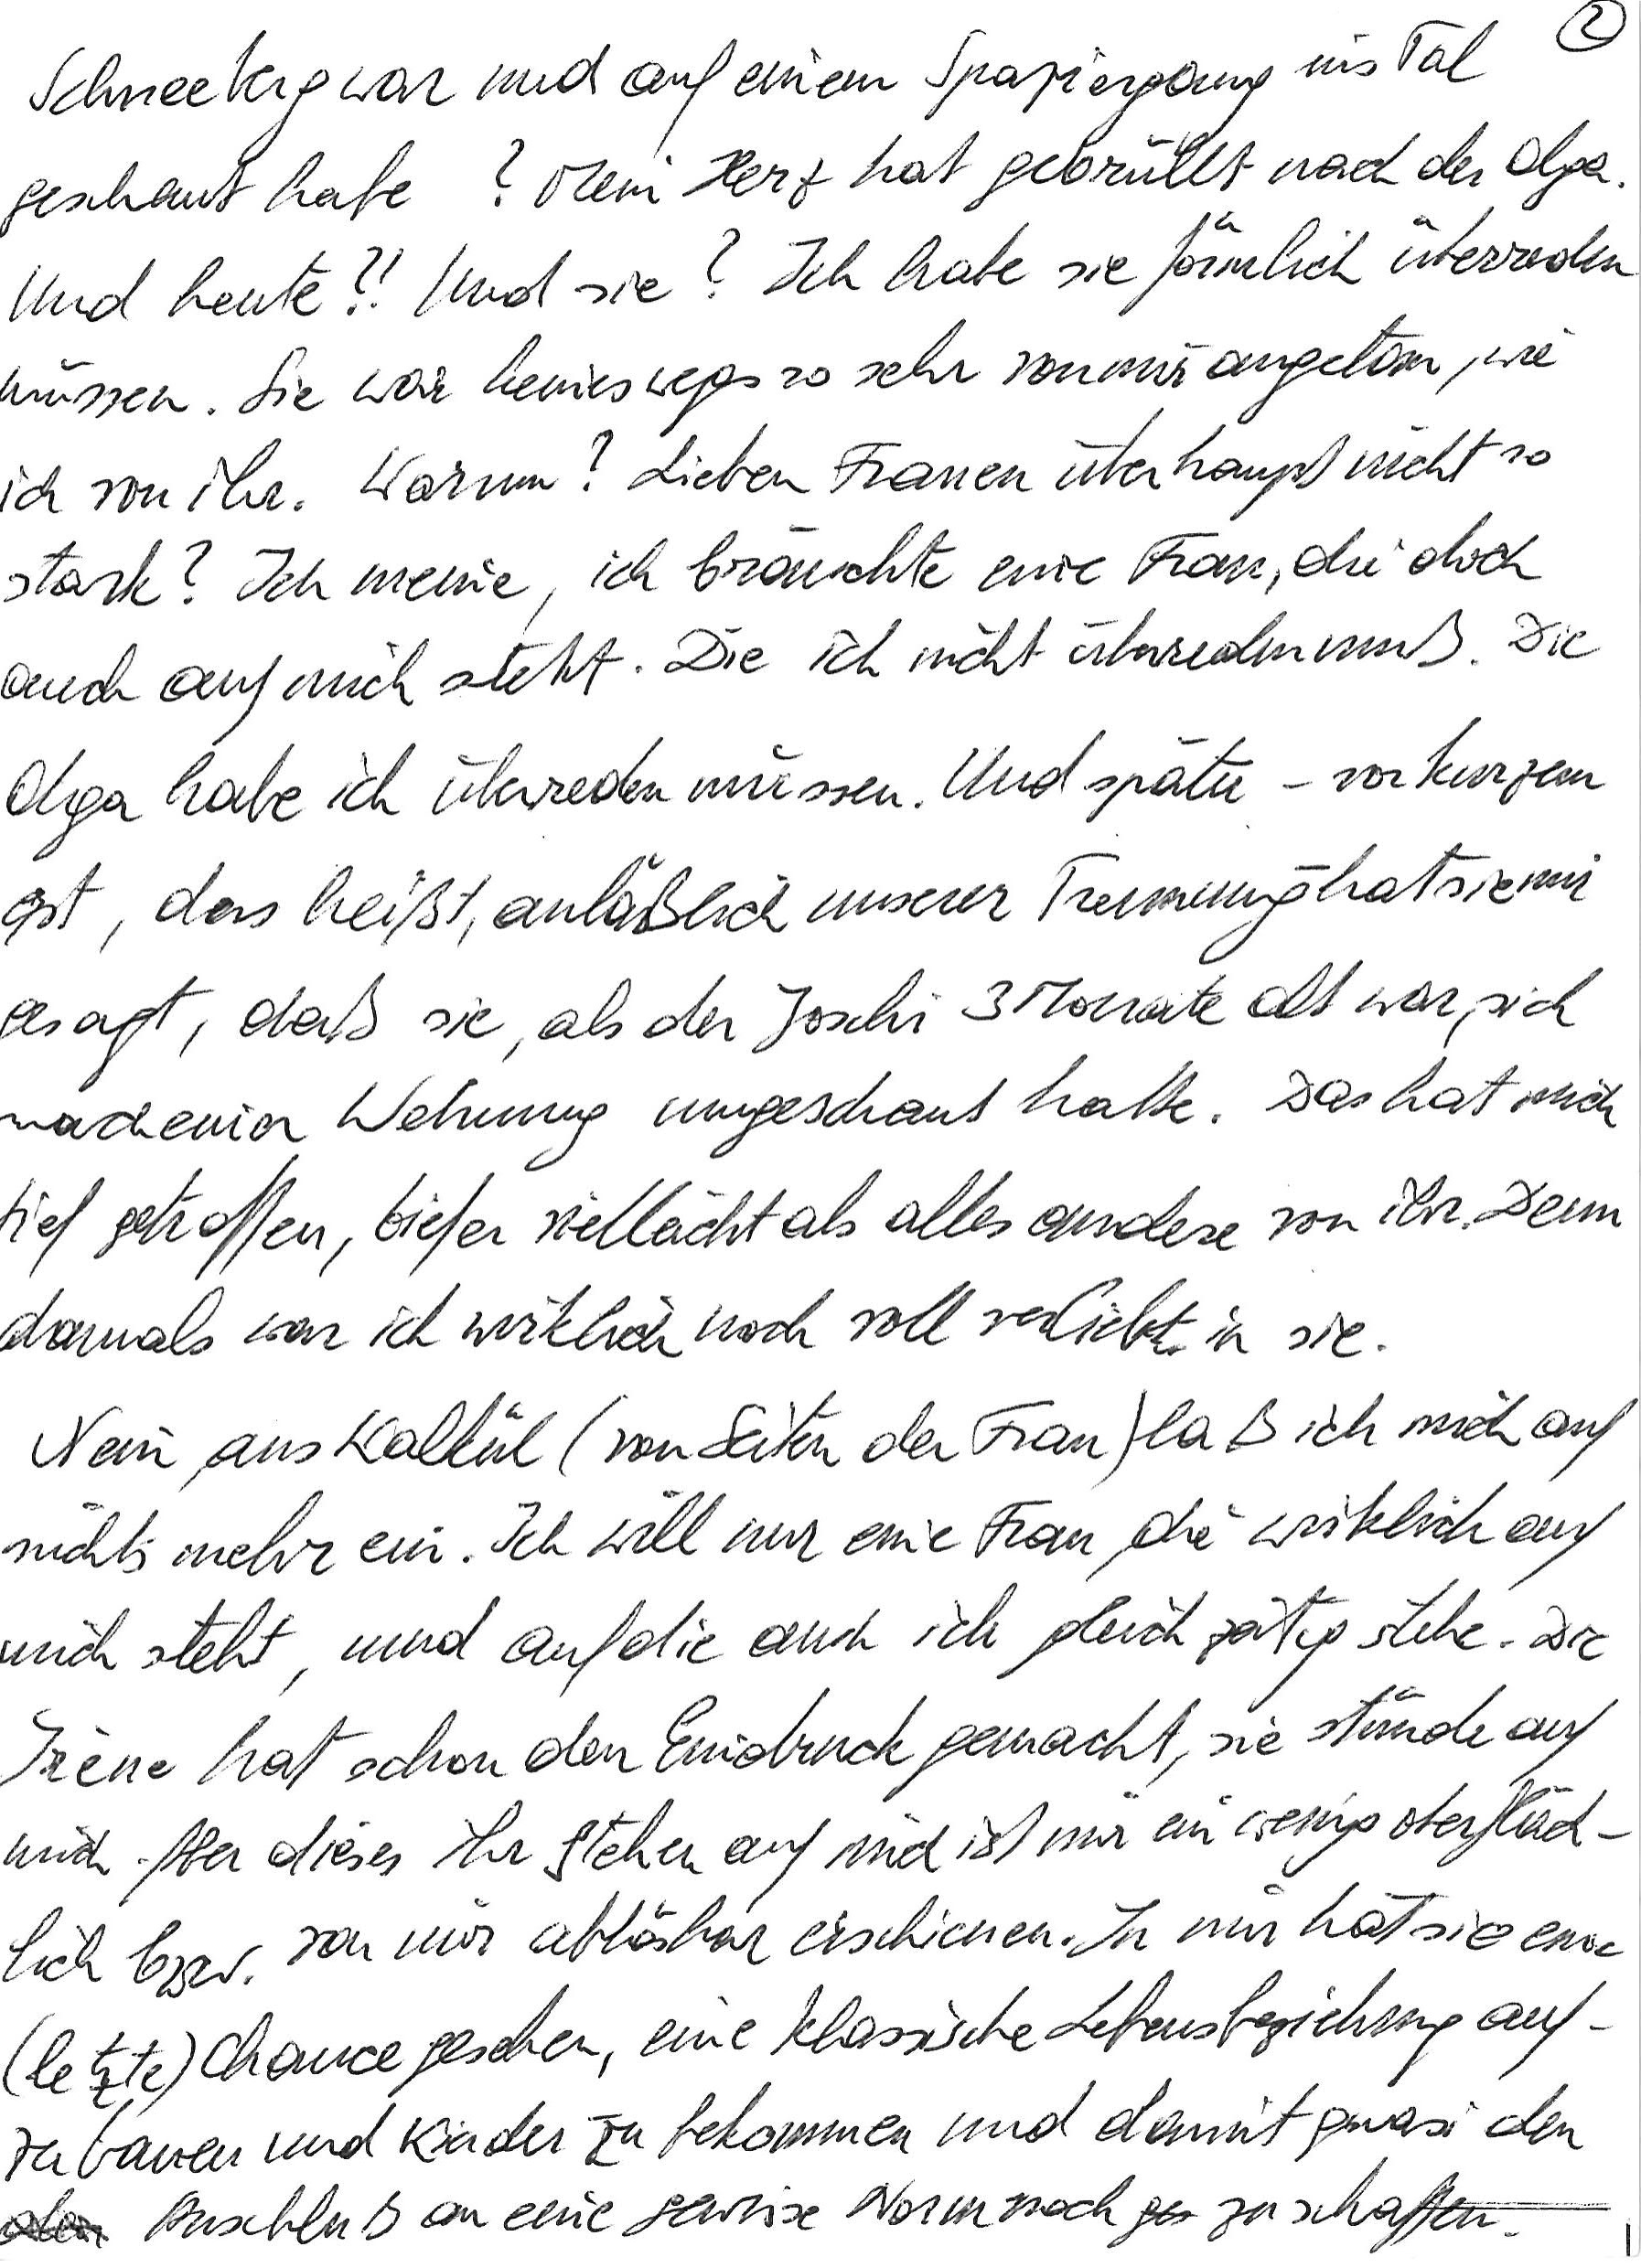
Schneeberg war und auf einem Spaziergang ins Tal
geschaut habe? Mein Herz hat gebrüllt nach der Olga.
Und heute?! Und sie? Ich habe sie förmlich überreden
müssen. Sie war keineswegs so sehr von mir angetan, wie
ich von ihr. Warum? Lieben Frauen überhaupt nicht so
stark? Ich meine, ich bräuchte eine Frau, die doch
auch auf mich steht. Die ich nicht überreden muß. Die
Olga habe ich überreden müssen. Und später – vor kurzem
erst, das heißt, anläßlich unserer Trennung – hat sie mir
gesagt, daß sie, als der Joschi 3 Monate alt war, sich
nach einer Wohnung umgeschaut hatte. Das hat mich
tief getroffen, tiefer vielleicht als alles andere von ihr. Denn
damals war ich wirklich noch voll verliebt in sie.
Nein, aus Kalkül (von Seiten der Frau) laß ich mich auf
nichts mehr ein. Ich will nur eine Frau, die wirklich auf
mich steht, und auf die auch ich gleichzeitig stehe. Die
Irène hat schon den Eindruck gemacht, sie stünde auf
mich. Aber dieses ihr Stehen auf mich ist mir ein wenig oberfläch-
lich bzw. von mir ablösbar erschienen. In mir hat sie eine
(letzte) Chance gesehen, eine klassische Lebensbeziehung auf-
zubauen und Kinder zu bekommen und damit quasi den
Anschluß an eine gewisse Norm noch zu schaffen.